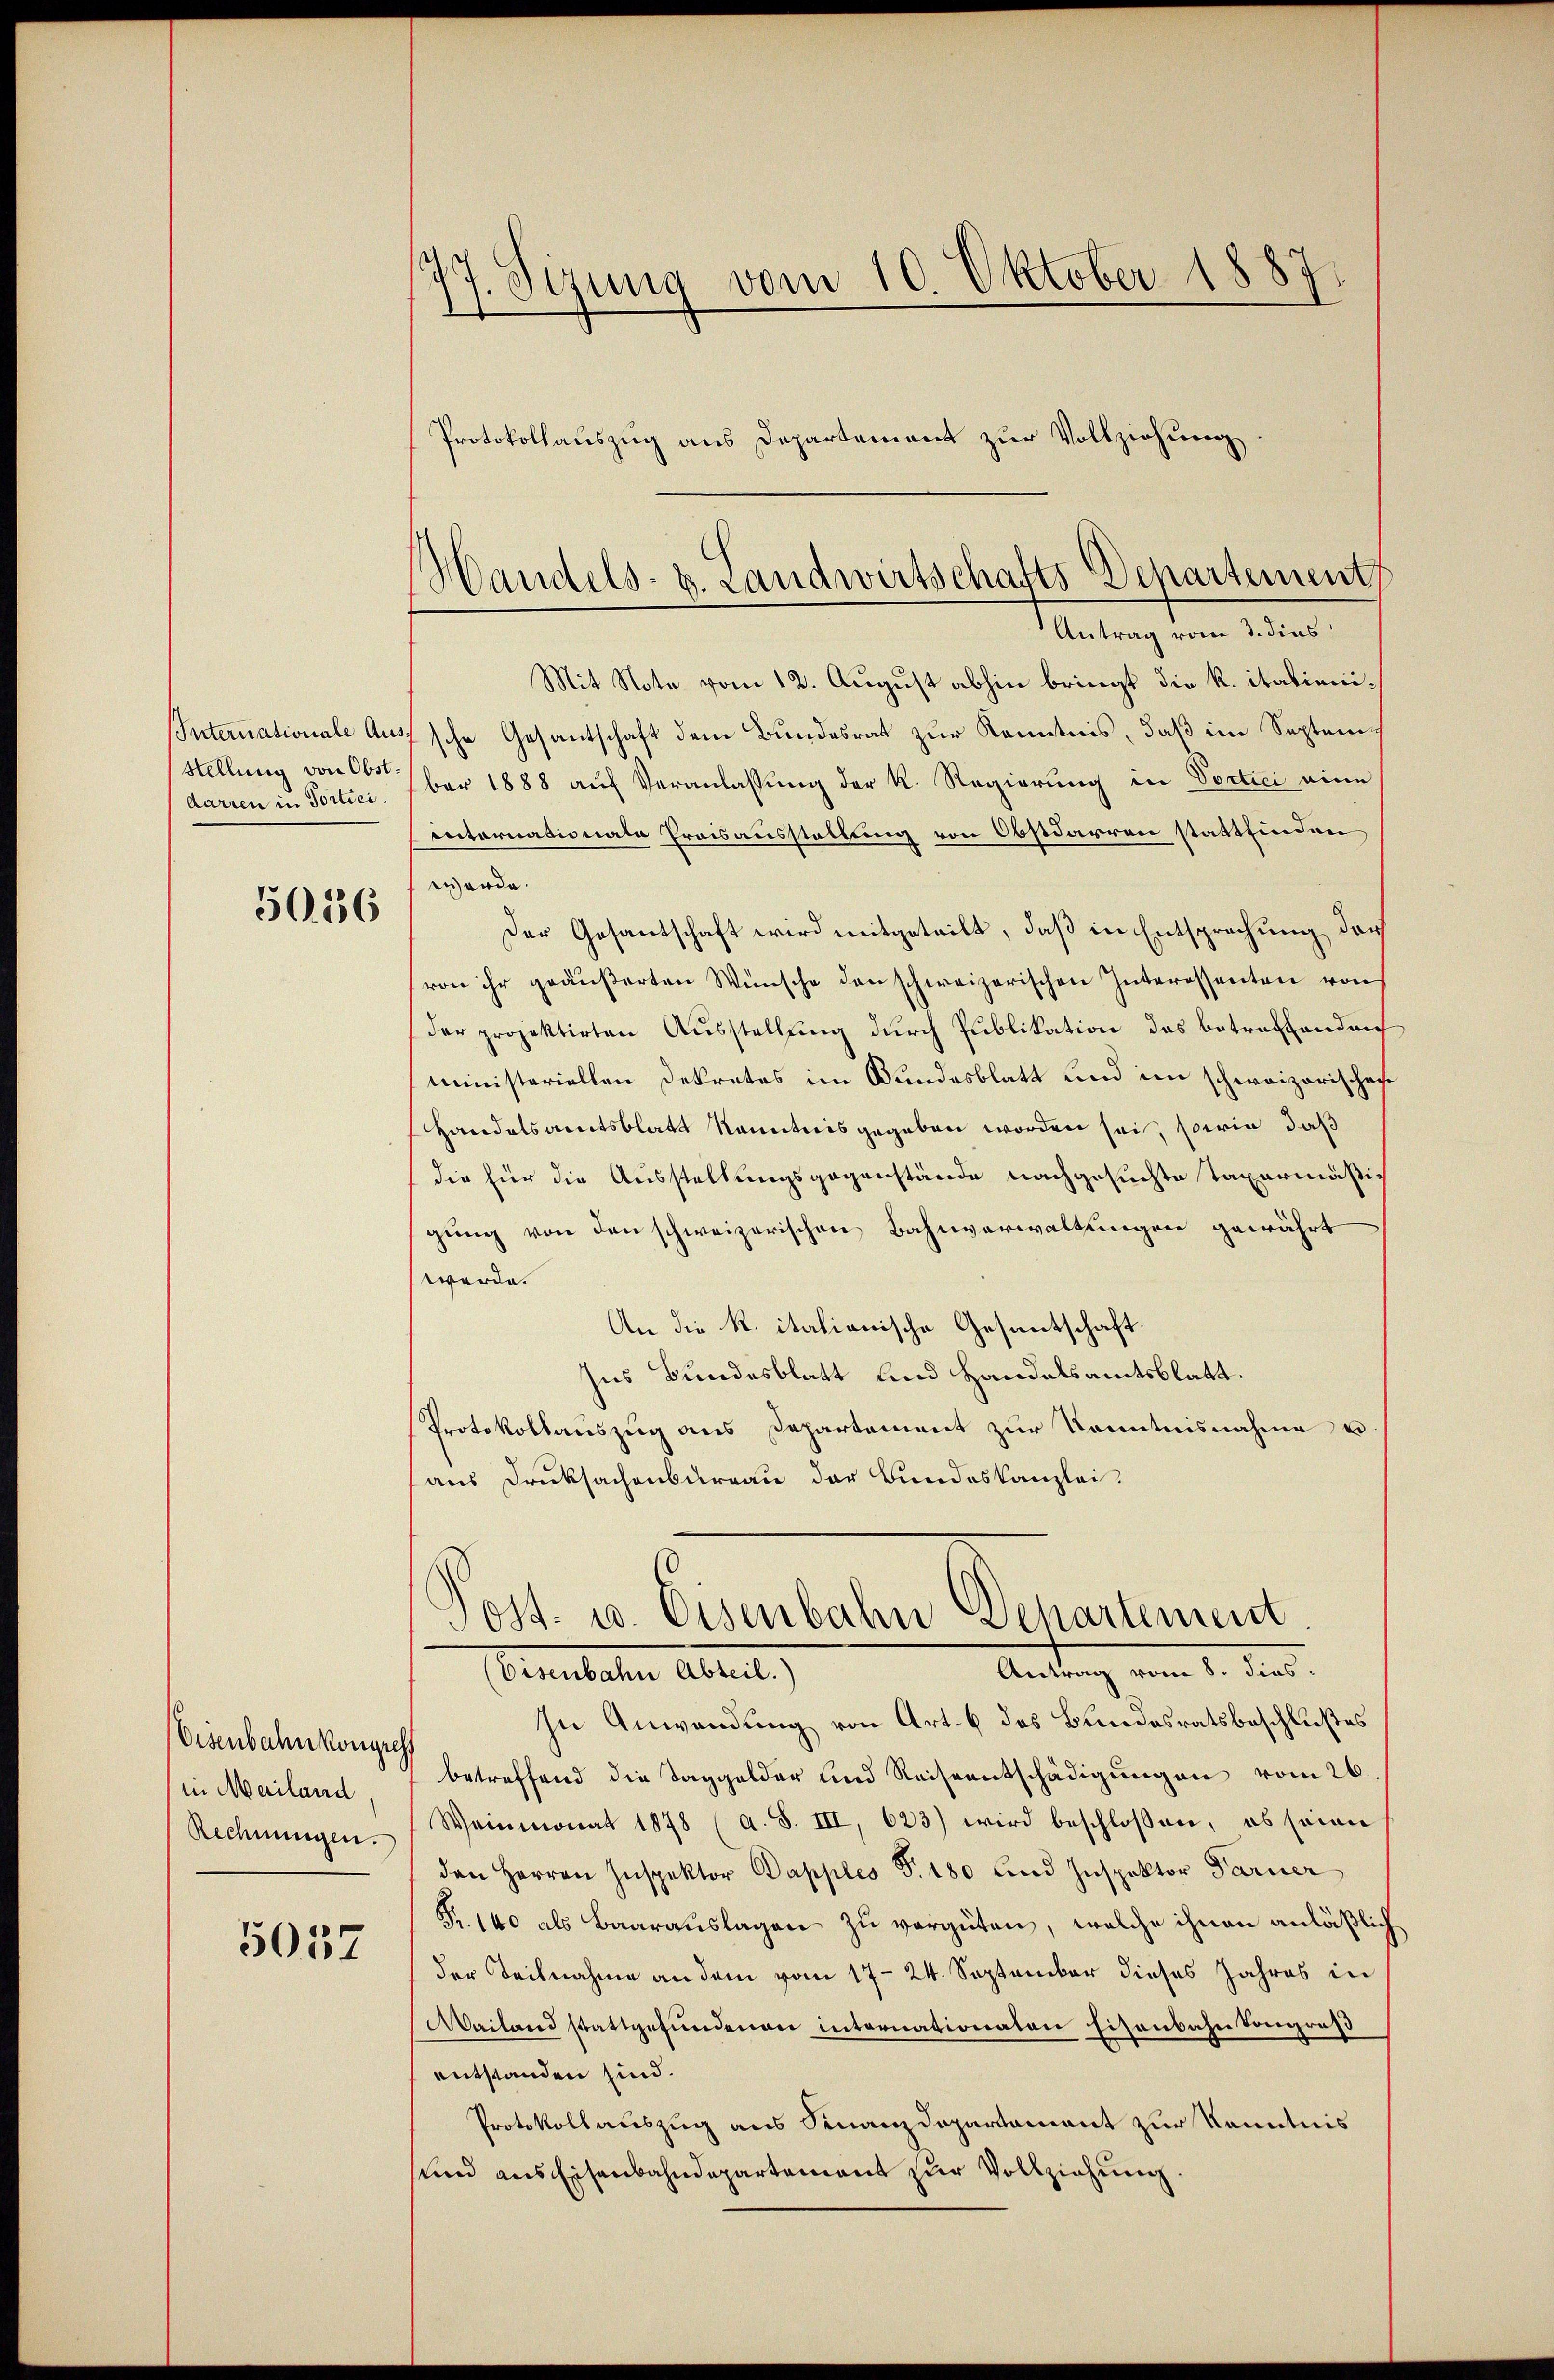
Internationale Aus
Stellung von Obst.
darren in Portici

5056

Visenbahnkongress
in Mailand,
Rechnungen.

5057

77. Sizung vom 10. Oktober 1887
Protokollauszug aus Departement zur Vollziehung

Mit Note vom 12. August abhin bringt die K. italieni¬
7'sche Gesantschaft dem Bundesrat zur Kenntnis, daß im September 1888 auf Veranlassung der K. Regierung in Portici eine
internationate Preisausstellung von Obstdarren stattfinden
werde.
Der Gesantschaft wird mitgeteilt, daß in Entsprechung darf
von ihr geäußerten Wünsche den schweizerischen Interessenten von
der projektirten Ausstellung durch Publikation das betreffenden
ministeriellen Dekretes im Bundesblatt und im schweizerischen
Handelsamtsblatt Kenntnis gegeben worden sei, sowie daß
die für die Ausstellungsgegenstände nachgesuchte Taxermäßigung von den schweizerischen Bahnverwaltungen gewährt
werde.
An die R. italianische Gesandtschaft.
Ins Bundesblatt und Handelsamtsblatt.
Protokollauszug aus Departement zur Kenntnisnahme e
aus Druksachenbureau der Bundeskanzlei.
Post- u. Eisenbahn Dehartement
Antrag vom 8. dies
Gruenstalten Abteil
In Anwendung von Art. 6 des Bundesratsbeschlußes
betreffend die Taggelder und Reiseentschädigungen vom 26.
Weinmonat 1878 (a. S. III, 623) wird beschlossen, ob seien
den Herren Inspektor Papples S. 180 und Inspektor Farner
Fr. 140 als Baarauslagen zu vergüten, welche ihnen anläßlich
der Teilnahme an dem vom 17. 24. September dieses Jahres in
Mailand stattgefundenen internationaten Eisenbahn Kongroß
entstanden sind.
Protokollauszug aus Finanzdepartement zur Kenntnis
sund aus Eisenbahndepartement zur Vollziehung.

Handels- u. Landwirtschafts-Departement
Antrag vom 3. dies